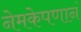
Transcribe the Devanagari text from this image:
नेमकेपणानं